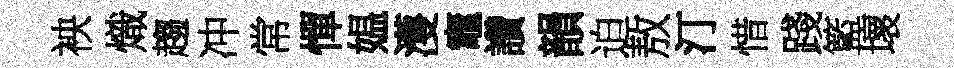
䘧熾趨冲常憚媪濩竈讚韻迫敖汀惜踐籃壞